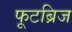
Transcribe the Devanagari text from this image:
फूटब्रिज